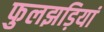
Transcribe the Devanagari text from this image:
फुलझड़ियां